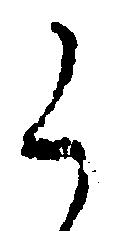
く